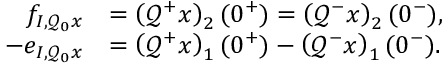
\begin{array} { r l } { f _ { I , \mathcal { Q } _ { 0 } x } } & { = \left( \mathcal { Q } ^ { + } x \right) _ { 2 } ( 0 ^ { + } ) = \left( \mathcal { Q } ^ { - } x \right) _ { 2 } ( 0 ^ { - } ) , } \\ { - e _ { I , \mathcal { Q } _ { 0 } x } } & { = \left( \mathcal { Q } ^ { + } x \right) _ { 1 } ( 0 ^ { + } ) - \left( \mathcal { Q } ^ { - } x \right) _ { 1 } ( 0 ^ { - } ) . } \end{array}